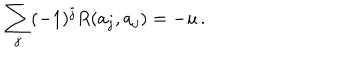
LaTeX: \sum _ { j } ( - 1 ) ^ { j } R ( a _ { j } , a _ { j } ) = - u \, .